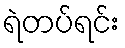
ရဲတပ်ရင်း